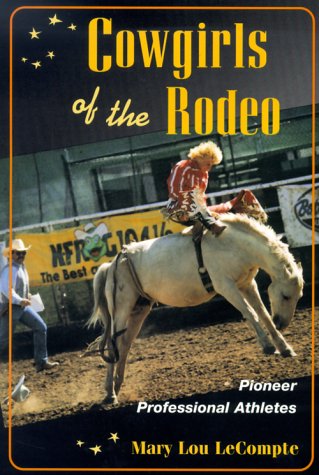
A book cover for Cowgirls of the Rodeo: PIONEER PROFESSIONAL ATHLETES (Sport and Society); Mary LeCompte; Sports & Outdoors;